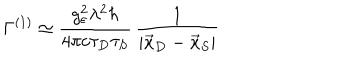
\Gamma ^ { ( 1 ) } \simeq \frac { g _ { \varepsilon } ^ { 2 } \lambda ^ { 2 } \hbar } { 4 \pi c \tau _ { D } \tau _ { S } } \, \frac { 1 } { | \vec { x } _ { D } - \vec { x } _ { S } | }